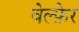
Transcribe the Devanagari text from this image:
वेल्फ़ेर